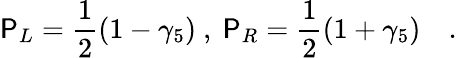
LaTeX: \mathsf{P}_{L}=\frac{{1}}{{2}}(1-\gamma_{5})\ ,\ \mathsf{P}_{R}=\frac{{1}}{{2}}(1+\gamma_{5})\quad.